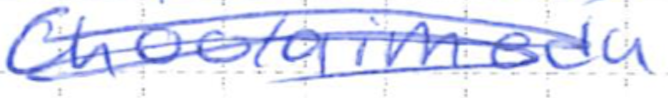
Text: Choolaimedu
Cross-out: scratch
Writing tool: ballpoint